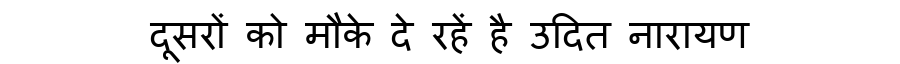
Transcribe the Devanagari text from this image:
दूसरों को मौके दे रहें है उदित नारायण